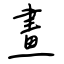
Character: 畫